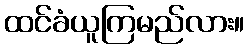
ထင်ခံယူကြမည်လား။